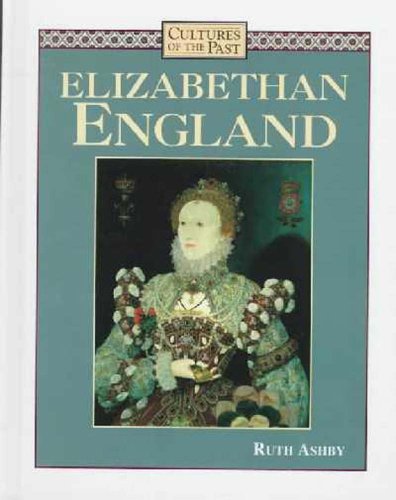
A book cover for Elizabethan England (Cultures of the Past); Ruth Ashby; Children's Books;